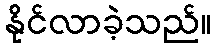
နိုင်လာခဲ့သည်။